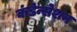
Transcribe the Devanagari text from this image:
कंडेन्सेशन